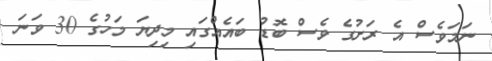
ނަމަވެސް އެ ރަށުގެ ވެސް ބޮޑު ބައެއްގައި މިދިޔަ މަހުގެ 30 ވަނަ